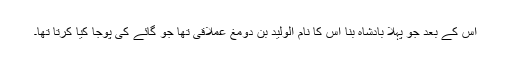
اس کے بعد جو پہلا بادشاہ بنا اس کا نام الولید بن دومغ عملاقی تھا جو گائے کی پوجا کیا کرتا تھا۔